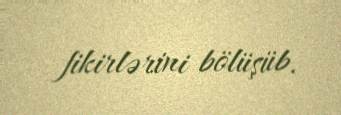
fikirlərini bölüşüb.